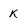
Character: k